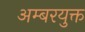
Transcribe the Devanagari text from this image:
अम्बरयुक्त